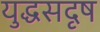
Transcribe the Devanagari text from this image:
युद्धसदृष